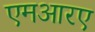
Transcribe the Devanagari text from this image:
एमआरए